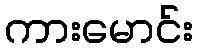
ကားမောင်း